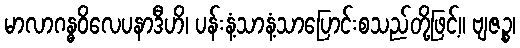
မာလာဂန္ဓဝိလေပနာဒီဟိ၊ ပန်းနံ့သာနံ့သာပြောင်းစသည်တို့ဖြင့်။ ဗျဇဉ္စ၊